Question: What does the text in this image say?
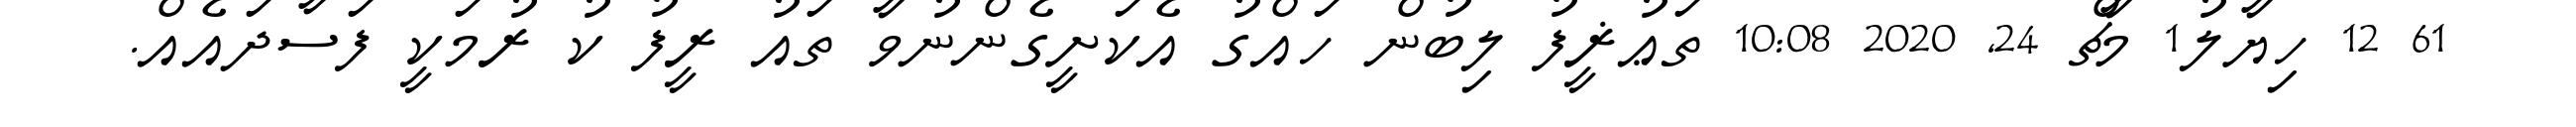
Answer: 61 12 ހިޔާލު1 މާޗް 24, 2020 10:08 ތަޢުޜީފު ލިބުން ހައްގު އެކަށީގެންނުވާ ތައު ރީފު ކު ރުމަކީ ފަސާދައެއް.